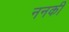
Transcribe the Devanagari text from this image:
ननकी